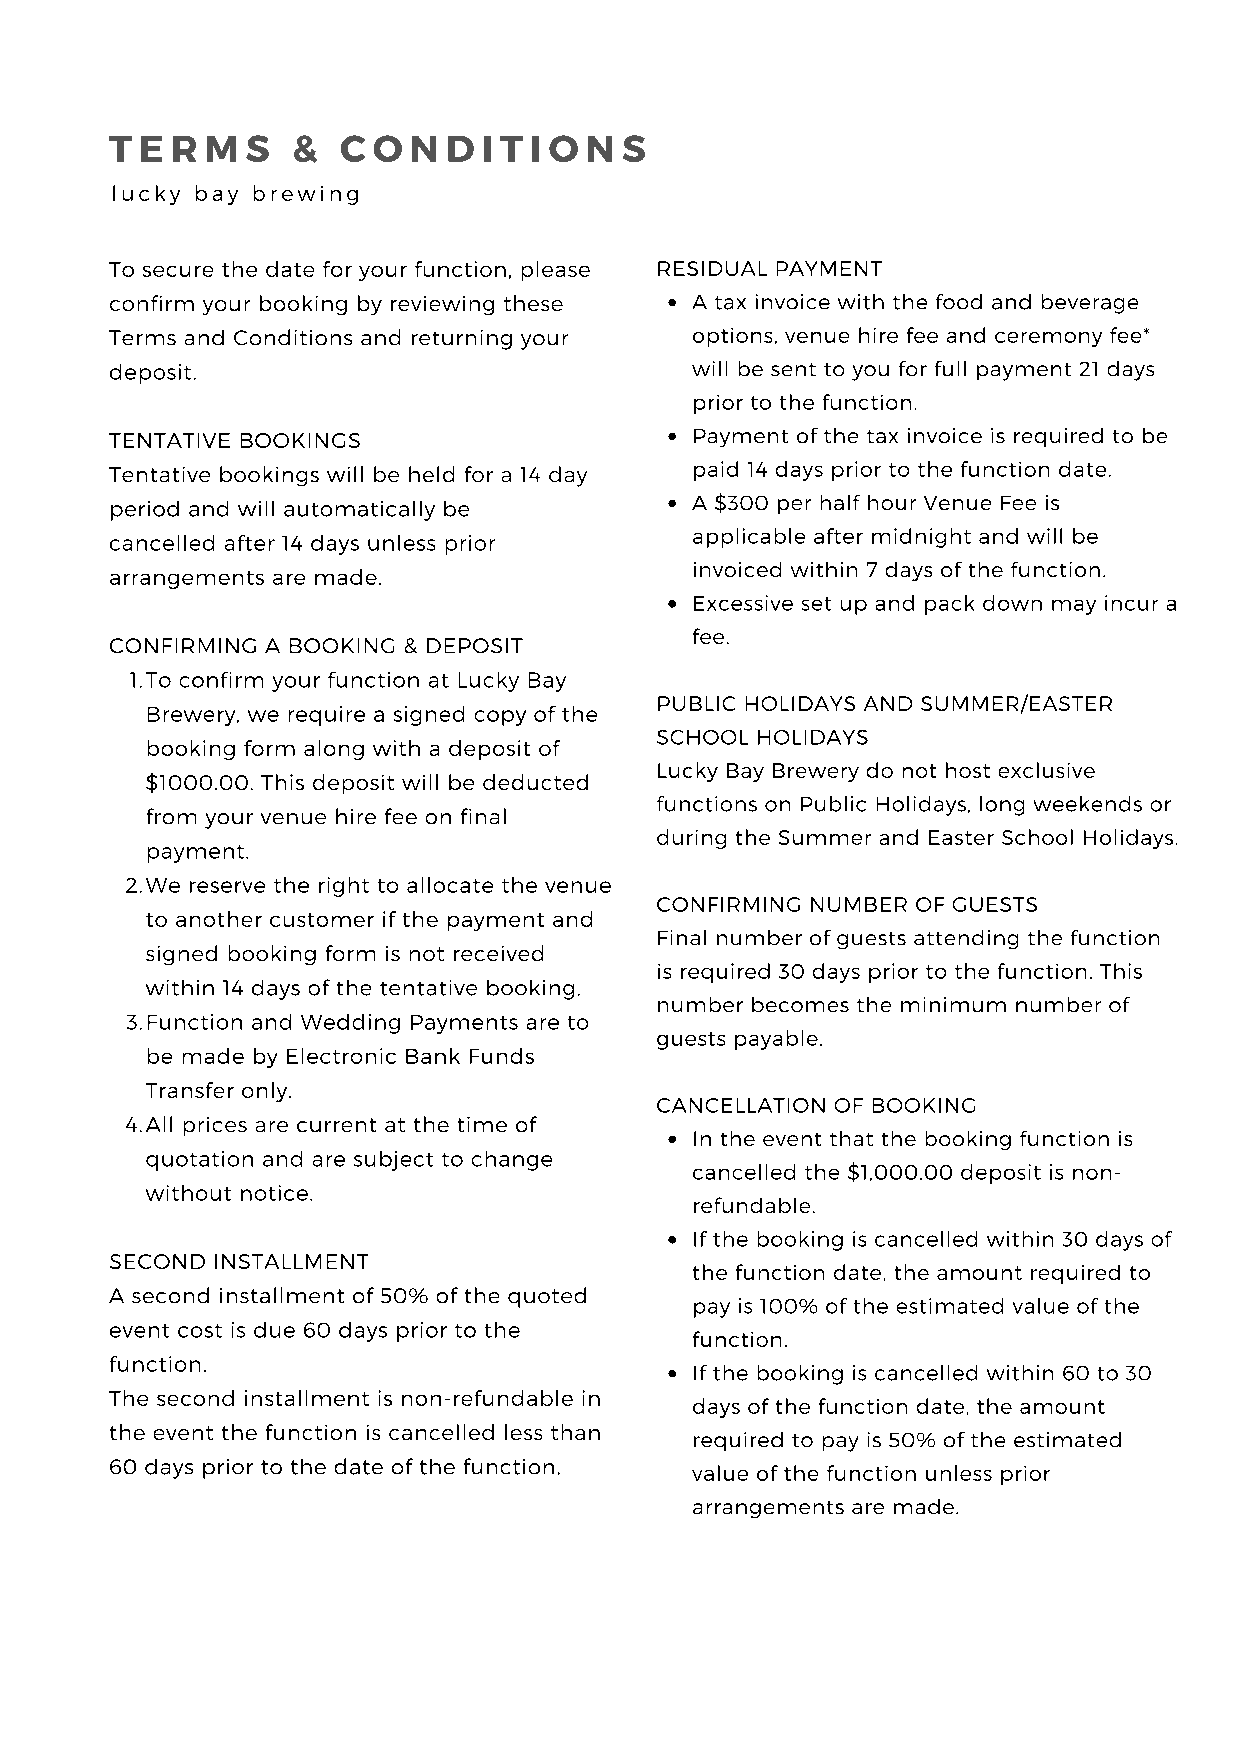
T E R  M S  &  C  O N  D I T I O N S
 lucky bay brewing
 To secure the date for your function, please RESIDUAL PAYMENT
 confirm your booking by reviewing these A tax invoice with the food and beverage
 Terms and Conditions and returning your options, venue hire fee and ceremony fee*
 deposit.                               will be sent to you for full payment 21 days
 prior to the function.
 TENTATIVE BOOKINGS                     Payment of the tax invoice is required to be
 Tentative bookings will be held for a 14 day paid 14 days prior to the function date.
 period and will automatically be       A $300 per half hour Venue Fee is
 applicable after midnight and will be
 cancelled after 14 days unless prior
 invoiced within 7 days of the function.
 arrangements are made.
 Excessive set up and pack down may incur a
 fee.
 CONFIRMING A BOOKING & DEPOSIT
 1.To confirm your function at Lucky Bay
 PUBLIC HOLIDAYS AND SUMMER/EASTER
 Brewery, we require a signed copy of the
 SCHOOL HOLIDAYS
 booking form along with a deposit of
 Lucky Bay Brewery do not host exclusive
 $1000.00. This deposit will be deducted
 functions on Public Holidays, long weekends or
 from your venue hire fee on final
 during the Summer and Easter School Holidays.
 payment.
 2.We reserve the right to allocate the venue
 CONFIRMING NUMBER OF GUESTS
 to another customer if the payment and
 Final number of guests attending the function
 signed booking form is not received
 is required 30 days prior to the function. This
 within 14 days of the tentative booking.
 number becomes the minimum number of
 3.Function and Wedding Payments are to
 guests payable.
 be made by Electronic Bank Funds
 Transfer only.
 CANCELLATION OF BOOKING
 4.All prices are current at the time of
 In the event that the booking function is
 quotation and are subject to change
 cancelled the $1,000.00 deposit is non-
 without notice.
 refundable.
 If the booking is cancelled within 30 days of
 SECOND INSTALLMENT
 the function date, the amount required to
 A second installment of 50% of the quoted
 pay is 100% of the estimated value of the
 event cost is due 60 days prior to the
 function.
 function.
 If the booking is cancelled within 60 to 30
 The second installment is non-refundable in
 days of the function date, the amount
 the event the function is cancelled less than
 required to pay is 50% of the estimated
 60 days prior to the date of the function.
 value of the function unless prior
 arrangements are made.